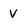
Character: V